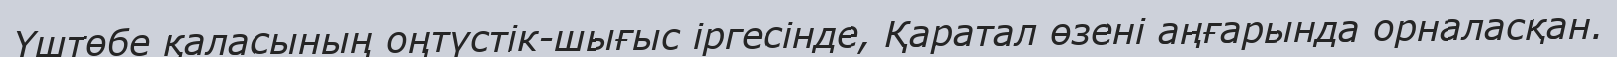
Үштөбе қаласының оңтүстік-шығыс іргесінде, Қаратал өзені аңғарында орналасқан.